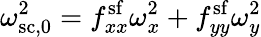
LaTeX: \omega_{\mathrm{sc},0}^{2}=f_{xx}^{\mathrm{sf}}\omega_{x}^{2}+f_{yy}^{\mathrm{sf}}\omega_{y}^{2}